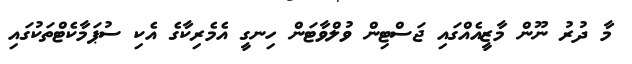
މާ ދުރު ނޫން މާޒީއެއްގައި ޖަސްޓިން ވުލްވާޓަން ހިނގީ އެމެރިކާގެ އެކި ސުޕަމާކެޓްތަކުގައި